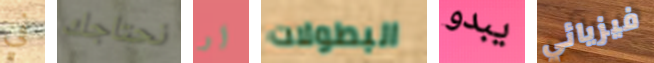
في نحتاجك أو البطولات يبدو فيزيائي